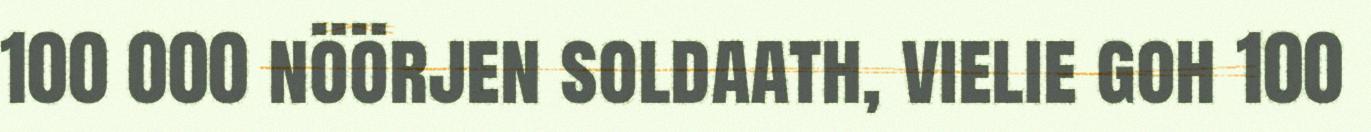
100 000 nöörjen soldaath, vielie goh 100